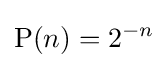
\operatorname {P} (n)=2^{-n}